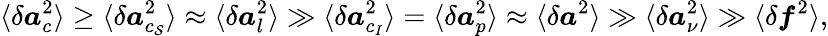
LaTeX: \langle\delta\boldsymbol{a}_{c}^{2}\rangle\ge\langle\delta\boldsymbol{a}_{c_{\mathcal{S}}}^{2}\rangle\approx\langle\delta\boldsymbol{a}_{l}^{2}\rangle\gg\langle\delta\boldsymbol{a}_{c_{I}}^{2}\rangle=\langle\delta\boldsymbol{a}_{p}^{2}\rangle\approx\langle\delta\boldsymbol{a}^{2}\rangle\gg\langle\delta\boldsymbol{a}_{\nu}^{2}\rangle\gg\langle\delta\boldsymbol{f}^{2}\rangle,